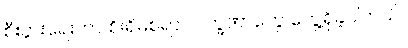
စီးပွားရေးဟာ စိုးရိမ်စရာ လက္ခဏာတွေ တွေ့ရှိခဲ့ပါတယ်။